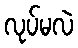
လုပ်မလဲ